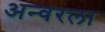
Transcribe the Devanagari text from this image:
अन्वरला